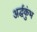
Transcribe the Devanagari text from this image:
अर्द्धकुंभ